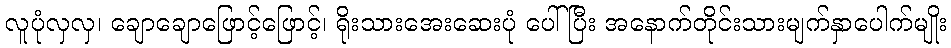
လူပုံလှလှ၊ ချောချောဖြောင့်ဖြောင့်၊ ရိုးသားအေးဆေးပုံ ပေါ်ပြီး အနောက်တိုင်းသားမျက်နှာပေါက်မျိုး